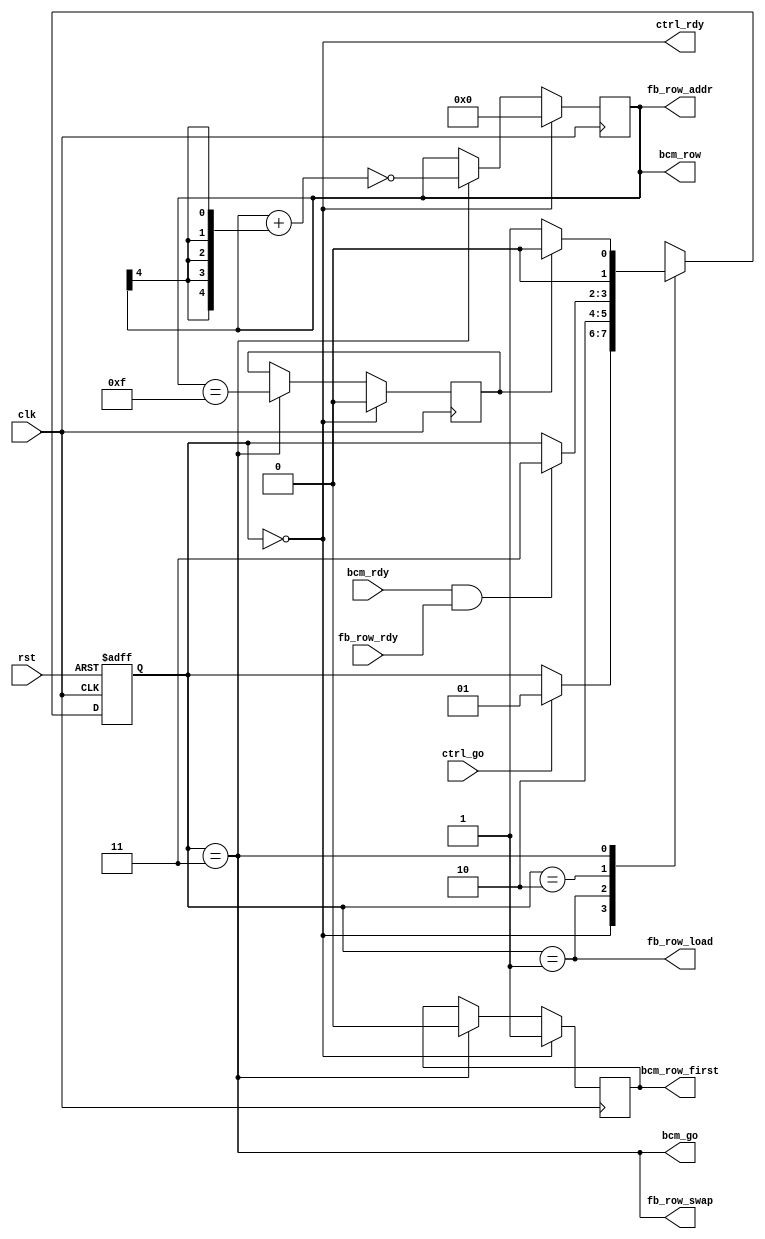
/*
 * hub75_scan.v
 *
 * vim: ts=4 sw=4
 *
 * Copyright (C) 2019  Sylvain Munaut <tnt@246tNt.com>
 * All rights reserved.
 *
 * LGPL v3+, see LICENSE.lgpl3
 *
 * This program is free software; you can redistribute it and/or
 * modify it under the terms of the GNU Lesser General Public
 * License as published by the Free Software Foundation; either
 * version 3 of the License, or (at your option) any later version.
 *
 * This program is distributed in the hope that it will be useful,
 * but WITHOUT ANY WARRANTY; without even the implied warranty of
 * MERCHANTABILITY or FITNESS FOR A PARTICULAR PURPOSE.  See the GNU
 * Lesser General Public License for more details.
 *
 * You should have received a copy of the GNU Lesser General Public License
 * along with this program; if not, write to the Free Software Foundation,
 * Inc., 51 Franklin Street, Fifth Floor, Boston, MA 02110-1301, USA.
 */

`default_nettype none

module hub75_scan #(
	parameter integer N_ROWS   = 32,

	parameter SCAN_MODE = "ZIGZAG",		// 'LINEAR' or 'ZIGZAG'

	// Auto-set
	parameter integer LOG_N_ROWS  = $clog2(N_ROWS)
)(
	// BCM interface
	output wire [LOG_N_ROWS-1:0] bcm_row,
	output wire bcm_row_first,
	output wire bcm_go,
	input  wire bcm_rdy,

	// Frame buffer read interface
	output wire [LOG_N_ROWS-1:0] fb_row_addr,
	output wire fb_row_load,	// Back-buffer load request
	input  wire fb_row_rdy,		// Back-buffer loaded
	output wire fb_row_swap,	// Buffer swap

	// Control
	input  wire ctrl_go,
	output wire ctrl_rdy,

	// Clock / Reset
	input  wire clk,
	input  wire rst
);

	// Signals
	// -------

	// FSM
	localparam
		ST_IDLE		= 0,	// Idle
		ST_LOAD		= 1,	// Load back-buffer with next-row
		ST_WAIT		= 2,	// Wait for back-buffer & BCM to be ready
		ST_PAINT	= 3;	// Swap buffer, issue BCM paint, go to next row

	reg [1:0] fsm_state;
	reg [1:0] fsm_state_next;

	// Row counter
	reg [LOG_N_ROWS-1:0] row;
	reg row_first;
	reg row_last;


	// FSM
	// ---

	// State register
	always @(posedge clk or posedge rst)
		if (rst)
			fsm_state <= ST_IDLE;
		else
			fsm_state <= fsm_state_next;

	// Next-State logic
	always @(*)
	begin
		// Default is to not move
		fsm_state_next = fsm_state;

		// Transitions ?
		case (fsm_state)
			ST_IDLE:
				if (ctrl_go)
					fsm_state_next = ST_LOAD;

			ST_LOAD:
				fsm_state_next = ST_WAIT;

			ST_WAIT:
				if (bcm_rdy & fb_row_rdy)
					fsm_state_next = ST_PAINT;

			ST_PAINT:
				fsm_state_next = row_last ? ST_IDLE : ST_LOAD;
		endcase
	end


	// Row counter
	// -----------

	always @(posedge clk)
		if (fsm_state == ST_IDLE) begin
			row <= 0;
			row_first <= 1'b1;
			row_last  <= 1'b0;
		end else if (fsm_state == ST_PAINT) begin
			if (SCAN_MODE == "ZIGZAG") begin
				row <= ~(row + {LOG_N_ROWS{row[LOG_N_ROWS-1]}});
				row_first <= 1'b0;
				row_last  <= (row == {1'b0, {(LOG_N_ROWS-1){1'b1}}});
			end else begin
				row <= row + 1;
				row_first <= 1'b0;
				row_last  <= (row == {{(LOG_N_ROWS-1){1'b1}}, 1'b0});
			end
		end


	// External interfaces
	// -------------------

	// BCM
	assign bcm_row       = row;
	assign bcm_row_first = row_first;
	assign bcm_go        = (fsm_state == ST_PAINT);

	// Frame Buffer pre loader
	assign fb_row_addr = row;
	assign fb_row_load = (fsm_state == ST_LOAD);
	assign fb_row_swap = (fsm_state == ST_PAINT);

	// Ready signal
	assign ctrl_rdy = (fsm_state == ST_IDLE);

endmodule // hub75_scan